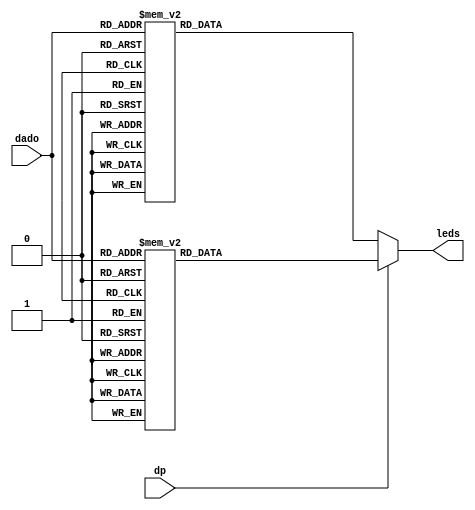
module  display7seg(dp, dado, leds);
input dp;
input [3:0] dado;
output reg [7:0] leds;

always@(dado)
	begin
		if(dp==0)
			begin
				case(dado)
					 //4321              abcdefgh
					4'b0000:leds <= 8'b01000000; //0
					4'b0001:leds <= 8'b01111001; //1
					4'b0010:leds <= 8'b00100100; //2
					4'b0011:leds <= 8'b00110000; //3
					4'b0100:leds <= 8'b00011001; //4
					4'b0101:leds <= 8'b00010010; //5
					4'b0110:leds <= 8'b00000010; //6
					4'b0111:leds <= 8'b01111000; //7 ALTERADO
					4'b1000:leds <= 8'b00000000; //8
					4'b1001:leds <= 8'b00011000; //9 ALTERADO
					
					4'b1010:leds <= 8'b00001000; //A
					4'b1011:leds <= 8'b00000011; //B
					4'b1100:leds <= 8'b00100111; //C
					4'b1101:leds <= 8'b00100001; //D
					4'b1110:leds <= 8'b00000110; //E
					4'b1111:leds <= 8'b00001110; //F
				endcase
			end
		else
			begin
				case(dado)
					 //4321              abcdefgh
					4'b0000:leds <= 8'b11000000; //0
					4'b0001:leds <= 8'b11111001; //1
					4'b0010:leds <= 8'b10100100; //2
					4'b0011:leds <= 8'b10110000; //3
					4'b0100:leds <= 8'b10011001; //4
					4'b0101:leds <= 8'b10010010; //5
					4'b0110:leds <= 8'b10000010; //6
					4'b0111:leds <= 8'b11111000; //7 ALTERADO
					4'b1000:leds <= 8'b10000000; //8
					4'b1001:leds <= 8'b10011000; //9 ALTERADO
					
					4'b1010:leds <= 8'b10001000; //A
					4'b1011:leds <= 8'b10000011; //B
					4'b1100:leds <= 8'b10100111; //C
					4'b1101:leds <= 8'b10100001; //D
					4'b1110:leds <= 8'b10000110; //E
					4'b1111:leds <= 8'b10001110; //F
				endcase
			end
	end

endmodule